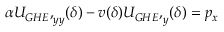
\begin{array} { r } { \alpha { U _ { G H E } , } _ { y y } ( \delta ) - v ( \delta ) { U _ { G H E } , } _ { y } ( \delta ) = p _ { x } } \end{array}